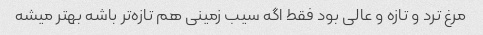
مرغ ترد و تازه و عالی بود فقط اگه سیب زمینى هم تازه‌تر باشه بهتر میشه